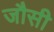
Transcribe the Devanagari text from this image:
जौसी